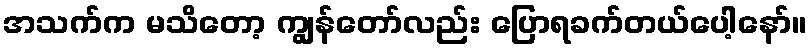
အသက်က မသိတော့ ကျွန်တော်လည်း ပြောရခက်တယ်ပေါ့နော်။